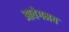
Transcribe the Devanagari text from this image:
आवेगमय